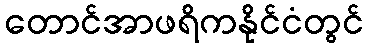
တောင်အာဖရိကနိုင်ငံတွင်